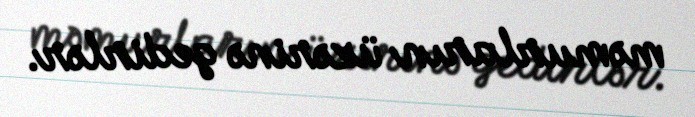
məmurların üzərinə gedirlər.